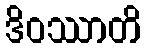
ဒိဝဿာတိ